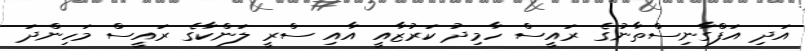
އަދި އަފްގާނިސްތާނުގެ ރައީސް ހާމިދު ކަރުޒާއީ އާއި ސްރީ ލަންކާގެ ރައީސް މަހިންދަ